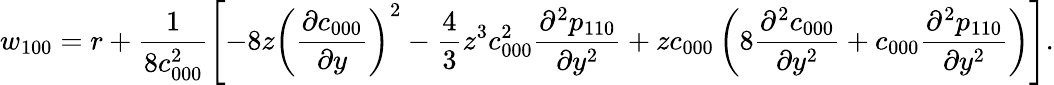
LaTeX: w_{100}=r+\frac{1}{8c_{000}^{2}}\left[-8z\left(\frac{\partial c_{000}}{\partial y}\right)^{2}-\frac{4}{3}z^{3}c_{000}^{2}\frac{\partial^{2}p_{110}}{\partial y^{2}}+zc_{000}\left(8\frac{\partial^{2}c_{000}}{\partial y^{2}}+c_{000}\frac{\partial^{2}p_{110}}{\partial y^{2}}\right)\right].